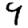
Digit: 9